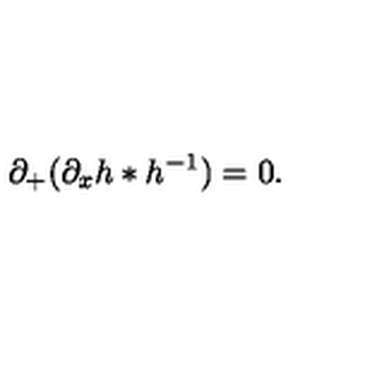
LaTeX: \partial _ { + } ( \partial _ { x } h * h ^ { - 1 } ) = 0 .